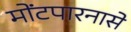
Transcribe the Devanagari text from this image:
मोंटपारनासे